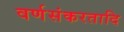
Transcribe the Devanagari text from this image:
वर्णसंकरतादि